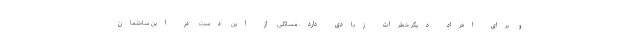
و برای افراد دیگر خطرات زیادی دارد. مسائلی از این دست در این ساختمان